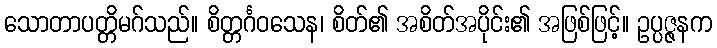
သောတာပတ္တိမဂ်သည်။ စိတ္တင်္ဂဝသေန၊ စိတ်၏ အစိတ်အပိုင်း၏ အဖြစ်ဖြင့်။ ဥပ္ပဇ္ဇနက